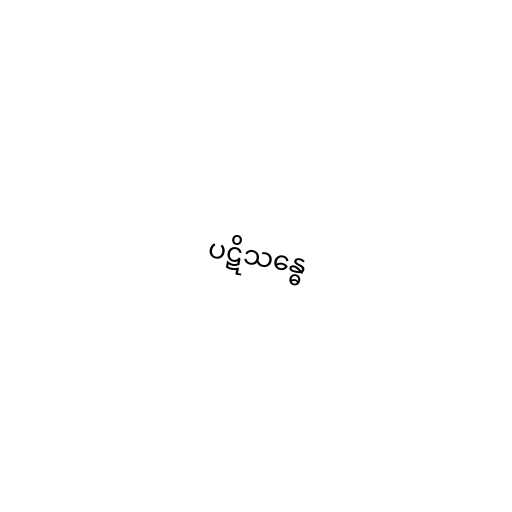
ပဋိသန္ဓေ